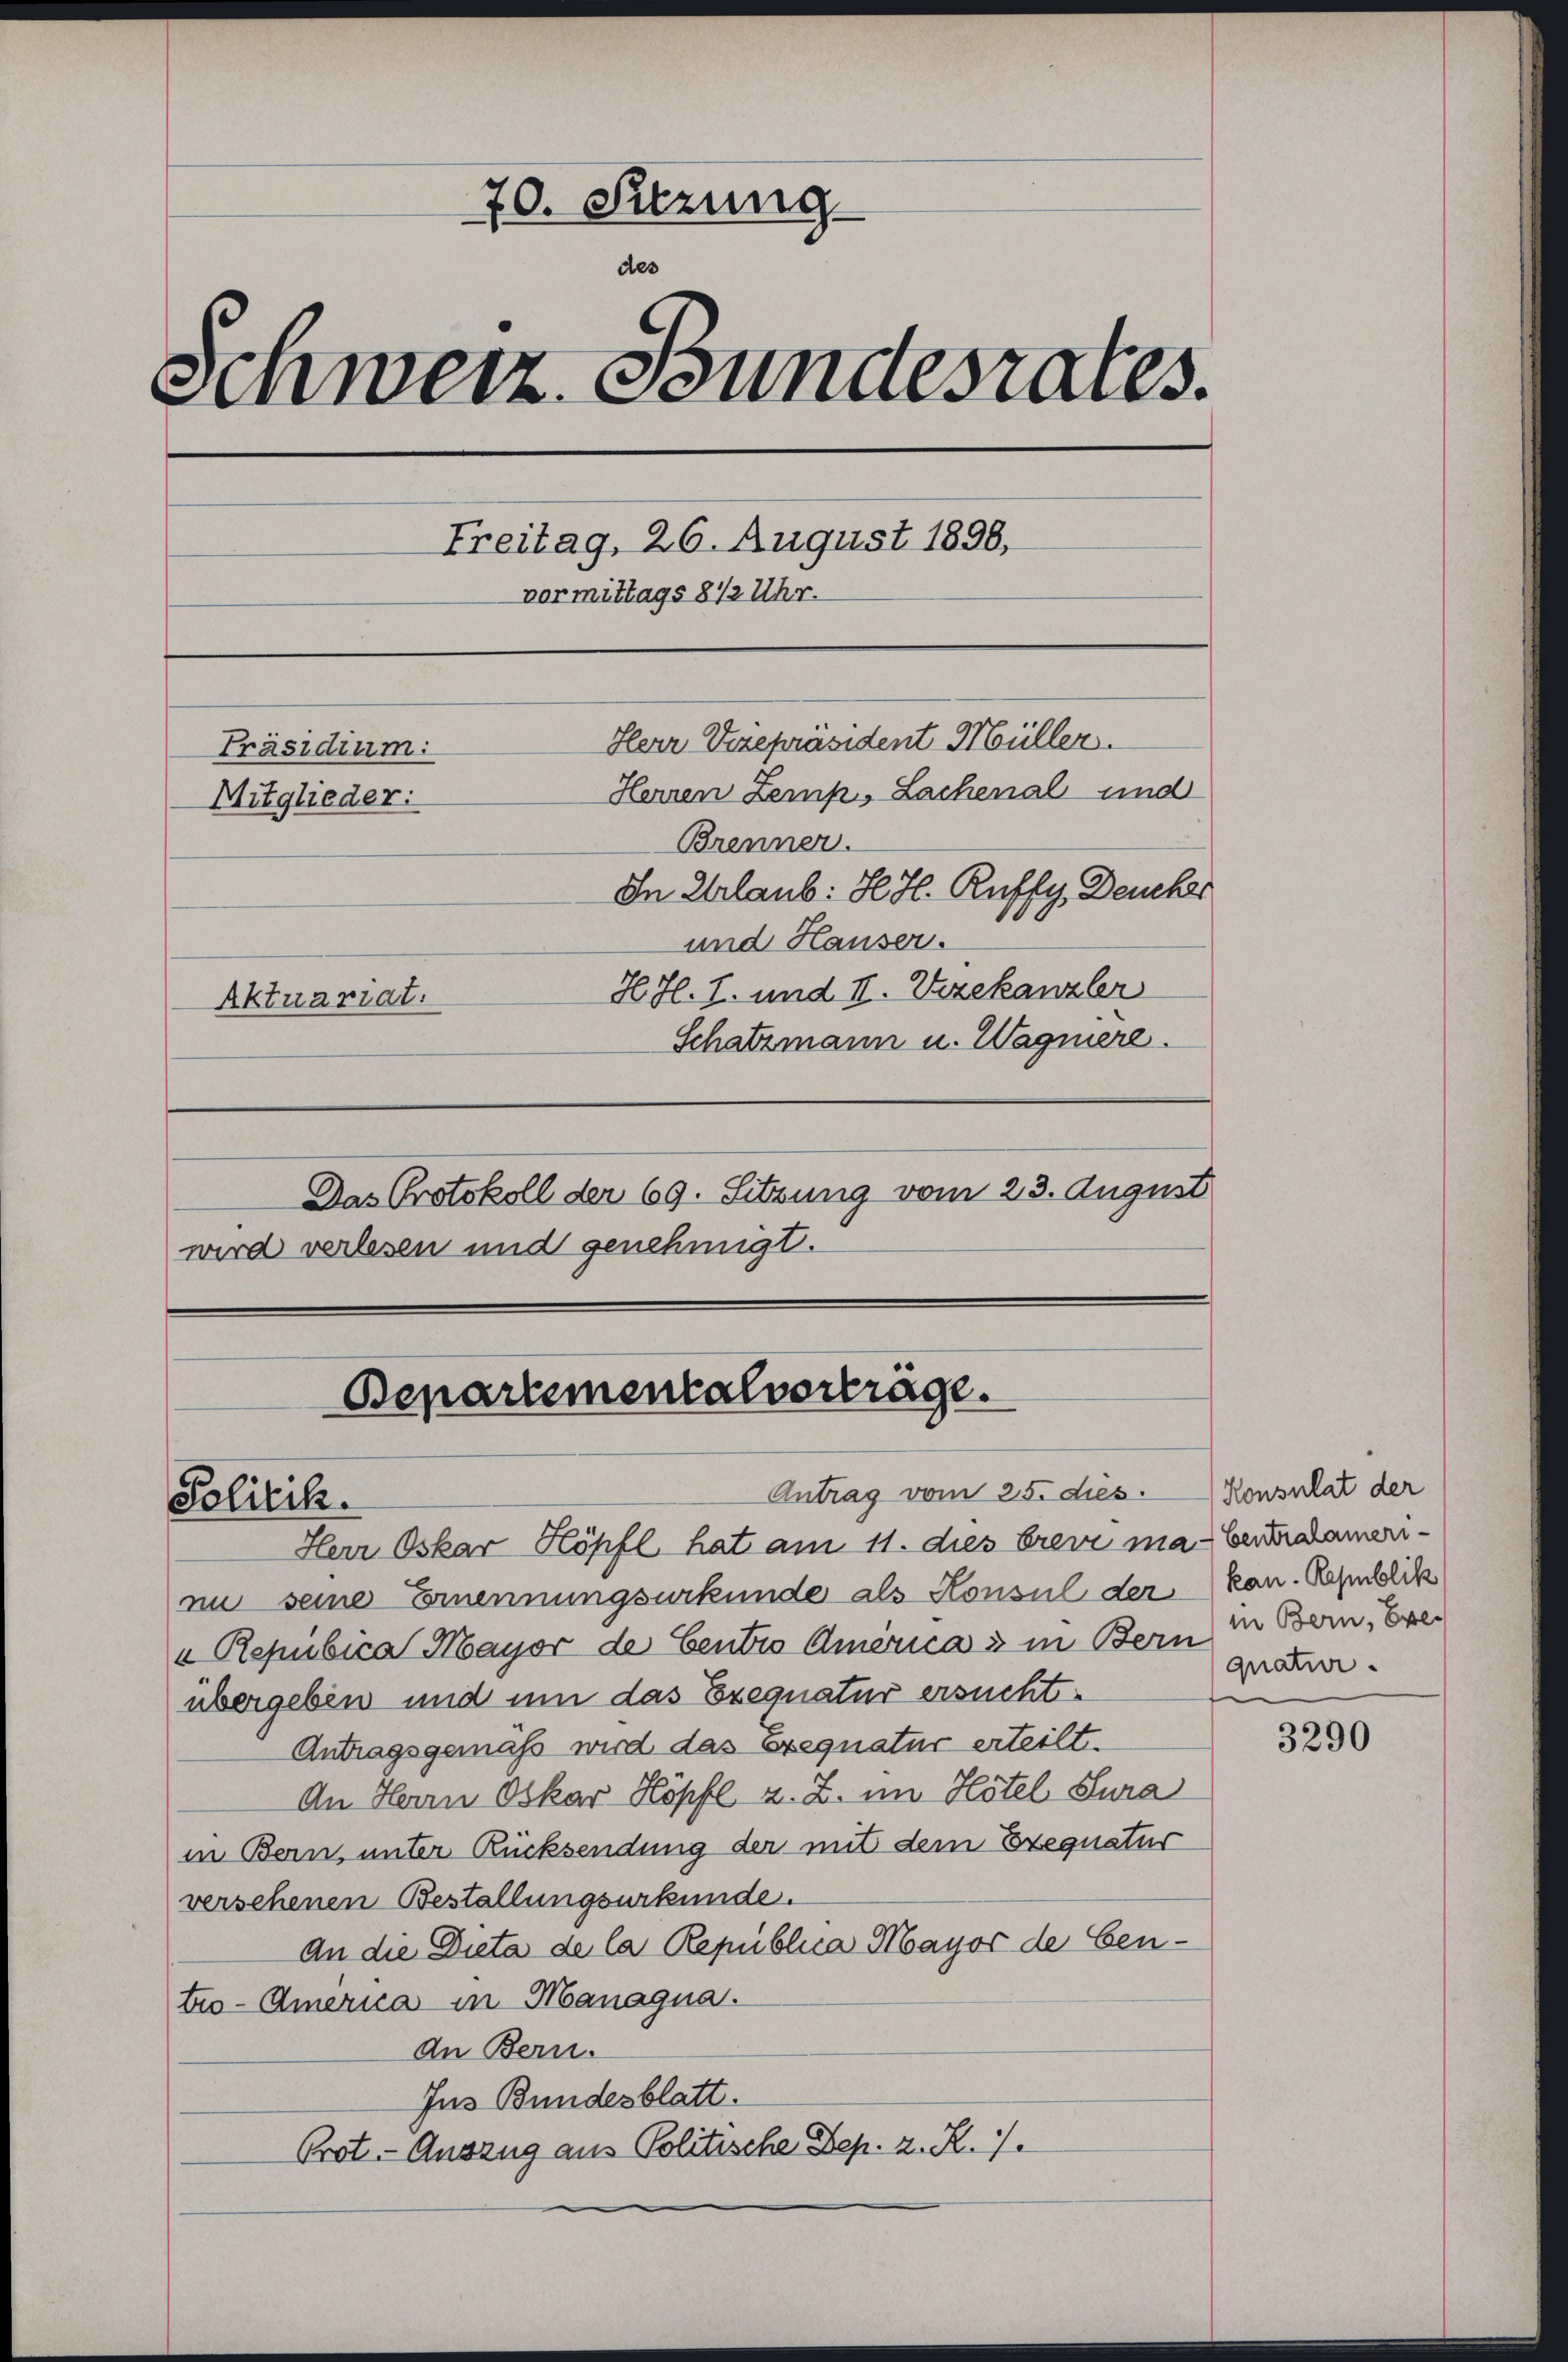
70. Setzung.
des
Schweiz. Bundesrates.
Freitag, 26. August 1898,
vormittags 8 1/2 Uhr.
Herr Vizepräsident Müller.
Präsidium:
Herren Zemp, Lachenal und
Mitglieder:
Brenner.
In Urlaub: H. H. Ruffy, Deucher
und Hauser.
HJl. I. und II. Vizekanzler
Aktuariat.
Schatzmann u. Wagniere.
Das Protokoll der 69. Sitzung vom 23. August

Bepartementalverträge.
Antrag vom 25. dies.
Politik.

Herr Oskar Köpfl hat am 11. dies brevi ma-Verdamerinn seine Ernennungsurkunde als Konsul der kan. Ramblik
u Repubica Mayor de Centro Americas in Bern in Bern, Exeübergeben und um das Exequatur ersucht.
Antragsgemäß wird das Exequatur erteilt.
An Herrn Oskar Höpfl z. Z. im Hôtel Jura
in Bern, unter Rücksendung der mit dem Exequatur
versehenen Bestellungsurkunde.
An die Dicta de la Republica Mayor de Cento-America in Managna.
An Bern.
Ins Bundesblatt.
Prot. Auszug aus Politische Dep. z. K. 7.

wird verlesen und genehmigt.

Konsulat der
quatur.

3290